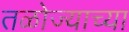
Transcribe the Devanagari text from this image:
तळोज्याच्या